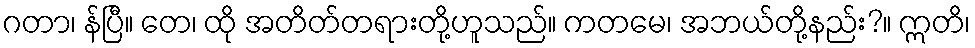
ဂတာ၊ န်ပြီ။ တေ၊ ထို အတိတ်တရားတို့ဟူသည်။ ကတမေ၊ အဘယ်တို့နည်း?။ ဣတိ၊